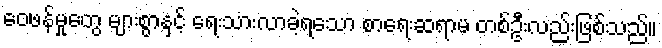
ဝေဖန်မှုတွေ များစွာနှင့် ရေးသားလာခဲ့ရသော စာရေးဆရာမ တစ်ဦးလည်းဖြစ်သည်။